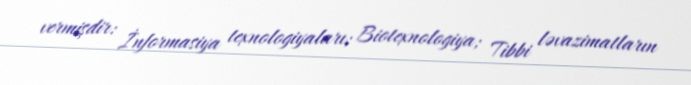
vermişdir: İnformasiya texnologiyaları; Biotexnologiya; Tibbi ləvazimatların